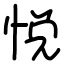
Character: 悦